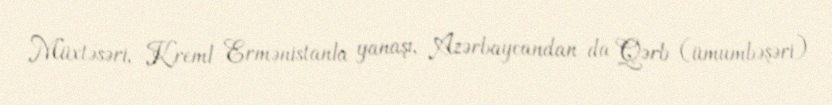
Müxtəsəri, Kreml Ermənistanla yanaşı, Azərbaycandan da Qərb (ümumbəşəri)